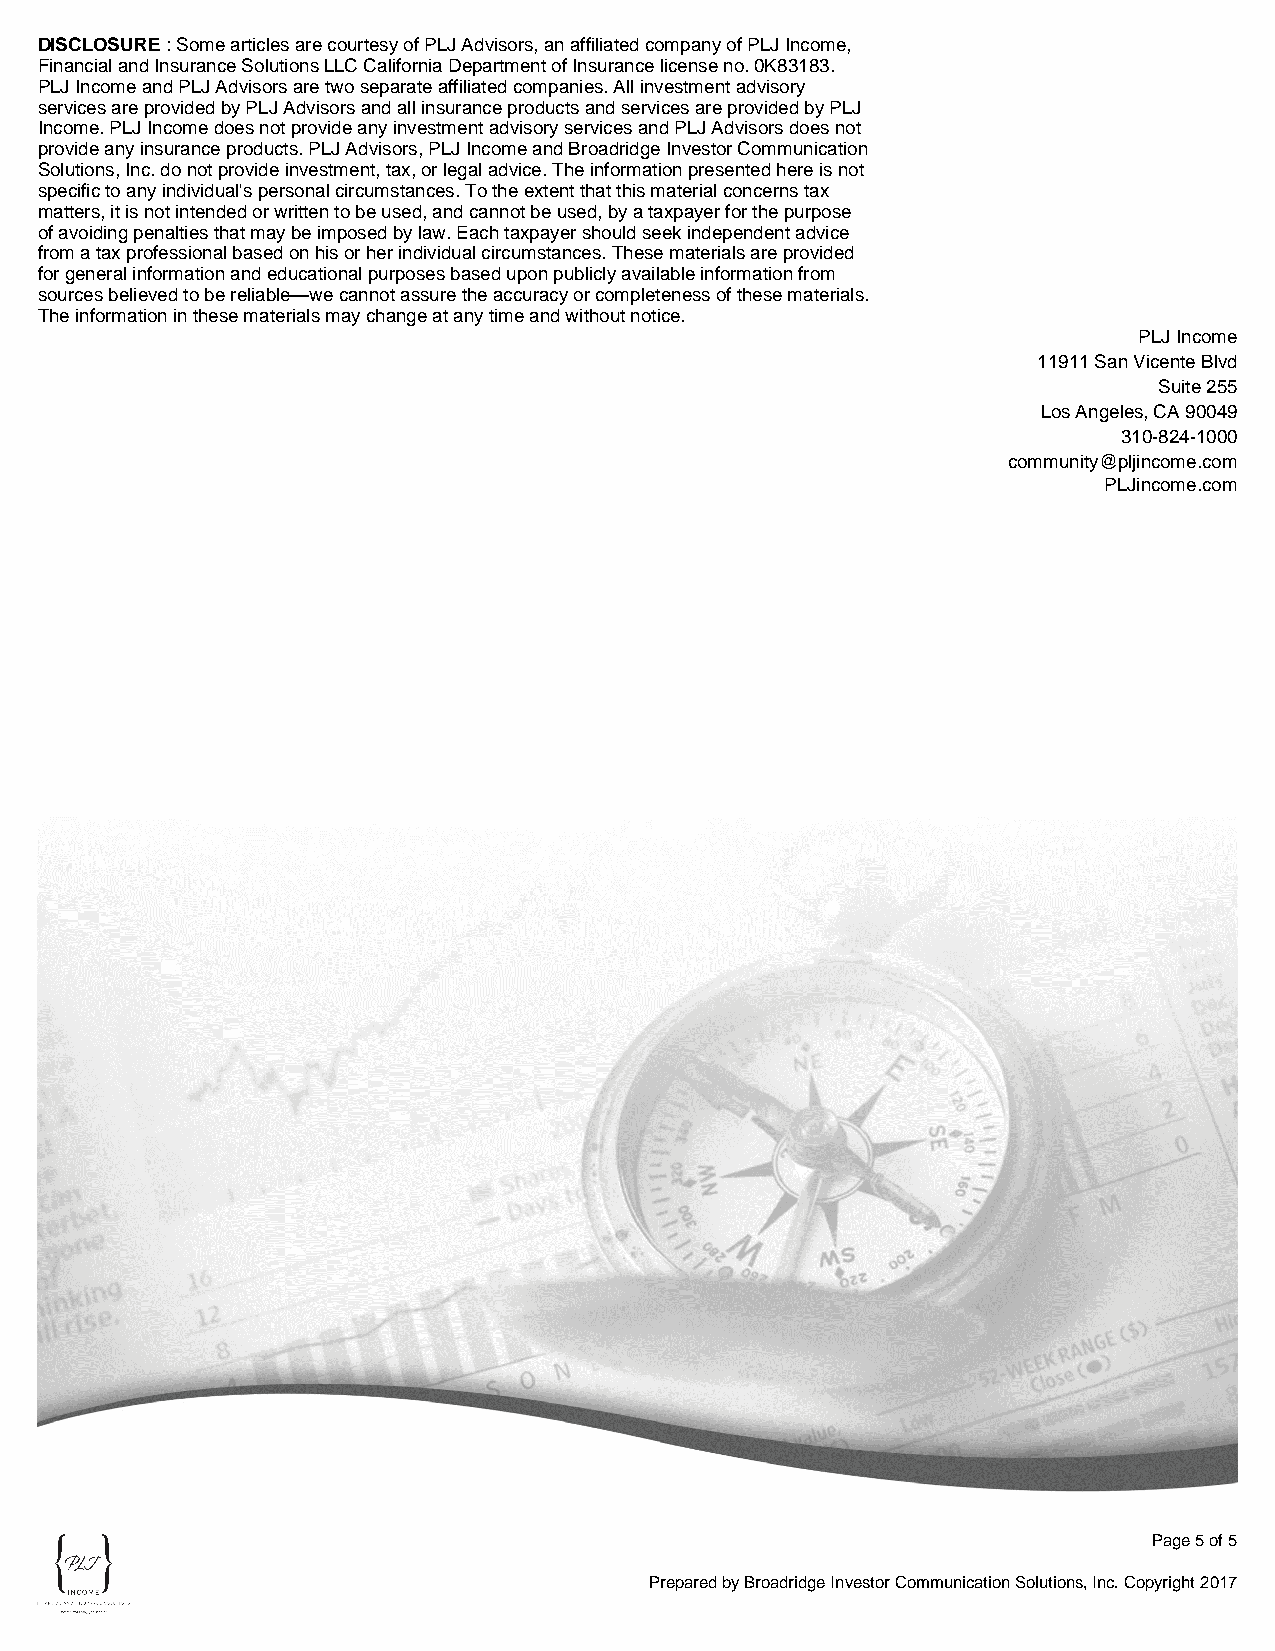
DISCLOSURE: Some articles are courtesy of PLJ Advisors, an affiliated company of PLJ Income,
 Financial and Insurance Solutions LLC California Department of Insurance license no. 0K83183.
 PLJ Income and PLJ Advisors are two separate affiliated companies. All investment advisory
 services are provided by PLJ Advisors and all insurance products and services are provided by PLJ
 Income. PLJ Income does not provide any investment advisory services and PLJ Advisors does not
 provide any insurance products. PLJ Advisors, PLJ Income and Broadridge Investor Communication
 Solutions, Inc. do not provide investment, tax, or legal advice. The information presented here is not
 specific to any individual's personal circumstances. To the extent that this material concerns tax
 matters, it is not intended or written to be used, and cannot be used, by a taxpayer for the purpose
 of avoiding penalties that may be imposed by law. Each taxpayer should seek independent advice
 from a tax professional based on his or her individual circumstances. These materials are provided
 for general information and educational purposes based upon publicly available information from
 sources believed to be reliable—we cannot assure the accuracy or completeness of these materials.
 The information in these materials may change at any time and without notice.
 PLJ Income
 11911 San Vicente Blvd
 Suite 255
 Los Angeles, CA 90049
 310-824-1000
 community@pljincome.com
 PLJincome.com
 Page 5 of 5
 Prepared by Broadridge Investor Communication Solutions, Inc. Copyright 2017